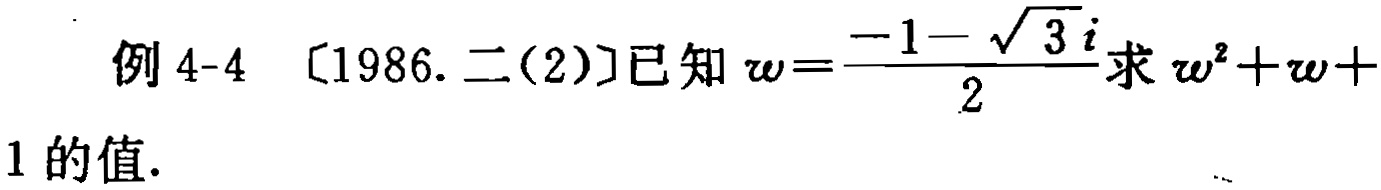
例 4-4 〔1986. 二(2)〕已知 $w = \frac{-1 - \sqrt{3}i}{2}$ 求 $w^{2}+w + 1$ 的值.